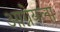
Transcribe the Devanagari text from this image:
आग्नेयला